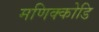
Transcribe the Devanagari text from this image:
मणिक्कोडि